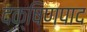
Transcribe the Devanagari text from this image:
दक्षिणपाद